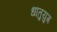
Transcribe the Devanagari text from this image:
धातुयुग